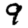
Digit: 9